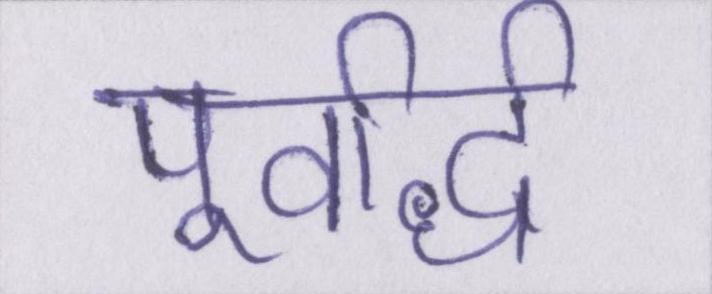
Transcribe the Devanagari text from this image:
पूर्वार्द्ध